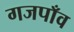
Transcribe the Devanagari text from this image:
गजपाँव